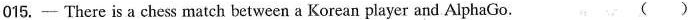
015. - There is a chess match between a Korean player and AlphaGo. ()